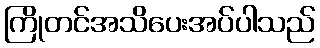
ကြိုတင်အသိပေးအပ်ပါသည်